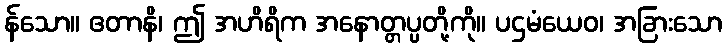
န်သော။ ဧတာနိ၊ ဤ အဟိရိက အနောတ္တပ္ပတို့ကို။ ပဌမံယေဝ၊ အခြားသော